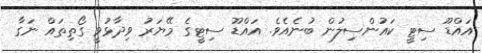
އައްޑޫ ސިޓީ ކައުންސިލުން ބުނެއެވެ. އައްޑޫ ސިޓީގެ މޭޔަރު ވިދާޅުވީ ގޯތިތައް ނަގާ